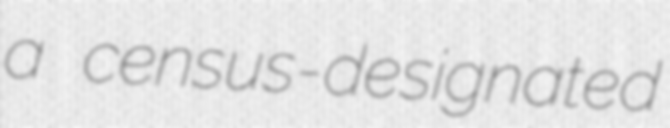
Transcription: a census-designated